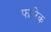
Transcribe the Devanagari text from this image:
फारिक